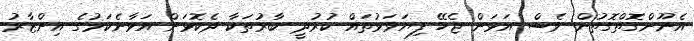
އެނޫންގޮތްގޮތުން ވެސް އަޅަން ޖެހޭ ފިޔަވަޅުތައް ކުރުދީ ބާރުތަކާ ދެކޮޅަށް އަޅާނެކަމުގެ އިންޒާރު